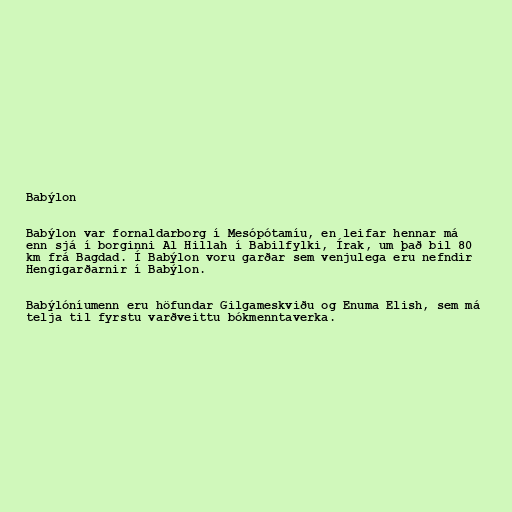
Babýlon

Babýlon var fornaldarborg í Mesópótamíu, en leifar hennar má
enn sjá í borginni Al Hillah í Babilfylki, Írak, um það bil 80
km frá Bagdad. Í Babýlon voru garðar sem venjulega eru nefndir
Hengigarðarnir í Babýlon.

Babýlóníumenn eru höfundar Gilgameskviðu og Enuma Elish, sem má
telja til fyrstu varðveittu bókmenntaverka.